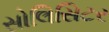
સોલિસિટર